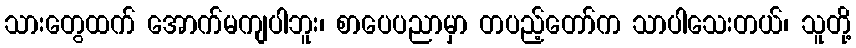
သားတွေထက် အောက်မကျပါဘူး၊ စာပေပညာမှာ တပည့်တော်က သာပါသေးတယ်၊ သူတို့